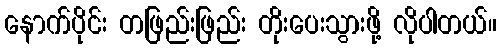
နောက်ပိုင်း တဖြည်းဖြည်း တိုးပေးသွားဖို့ လိုပါတယ်။